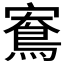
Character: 𪀱